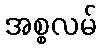
အစ္စလမ်